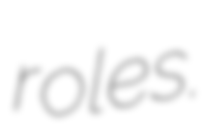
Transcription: roles.